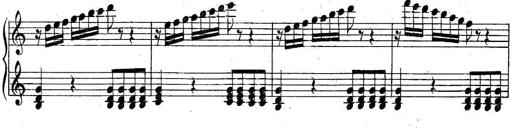
Title: 6 Easy Sonatinas
Composer: Carl Czerny